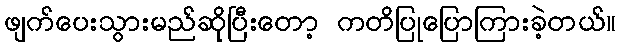
ဖျက်ပေးသွားမည်ဆိုပြီးတော့ ကတိပြုပြောကြားခဲ့တယ်။